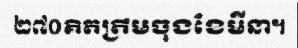
២៧០គិតត្រឹមចុងខែមីនា។